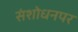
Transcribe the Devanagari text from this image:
संशाेधनपर